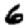
Digit: 6